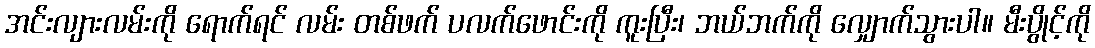
အင်းလျားလမ်းကို ရောက်ရင် လမ်း တစ်ဖက် ပလက်ဖောင်းကို ကူးပြီး၊ ဘယ်ဘက်ကို လျှောက်သွားပါ။ မီးပွိုင့်ကို